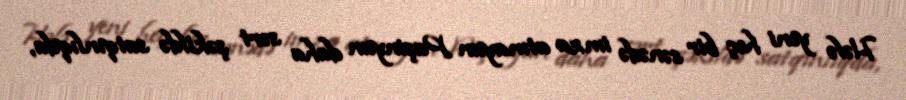
Hələ yeni heç bir sənədə imza atmayan Paşinyan daha sərt şəkildə satqınlıqda,